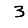
Digit: 3